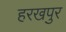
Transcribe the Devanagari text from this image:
हरखपुर